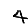
Digit: 4